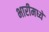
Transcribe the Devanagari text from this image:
भारीमध्ये